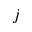
j